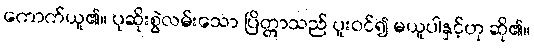
ကောက်ယူ၏။ ပုဆိုးစွဲလမ်းသော ပြိတ္တာသည် ပူးဝင်၍ မယူပါနှင့်ဟု ဆို၏။